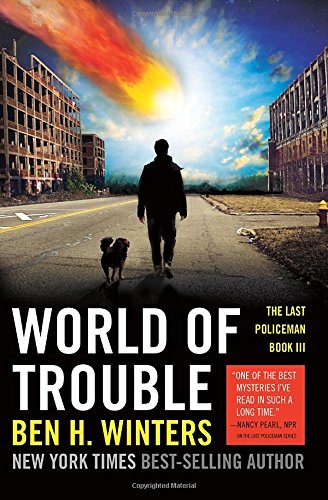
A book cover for World of Trouble: The Last Policeman Book III (The Last Policeman Trilogy); Ben Winters; Science Fiction & Fantasy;